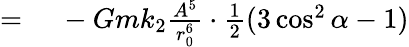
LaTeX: \begin{array}{rl}{={}}&{{}-Gmk_{2}{\frac{A^{5}}{r_{0}^{6}}}\cdot{\frac{1}{2}}(3\cos^{2}\alpha-1)}\end{array}